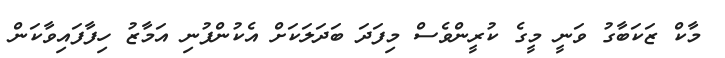
މާކް ޒަކަބާގު ވަނީ މީގެ ކުރީންވެސް މިފަދަ ބަދަލަކަށް އެކުންފުނި އަމާޒު ހިފާފައިވާކަން